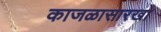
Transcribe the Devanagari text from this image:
काजळासारखा